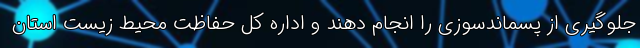
جلوگیری از پسماندسوزی را انجام دهند و اداره‌ کل حفاظت محیط زیست استان